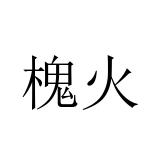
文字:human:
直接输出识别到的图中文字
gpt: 槐火